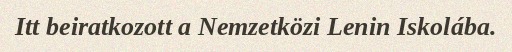
Itt beiratkozott a Nemzetközi Lenin Iskolába.